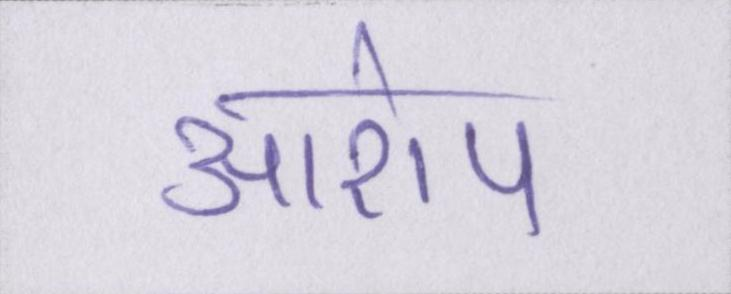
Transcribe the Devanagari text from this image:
आरोप